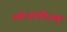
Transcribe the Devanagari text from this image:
तपोजपादिअक्ं